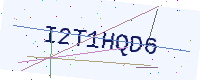
Text: I2T1HQD6